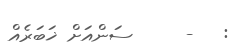
:   -     ސަންއަށް ޚަބަރެއް